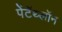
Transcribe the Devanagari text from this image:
पेंटॅथ्लॉन